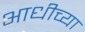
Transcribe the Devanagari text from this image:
आधीच्‍या